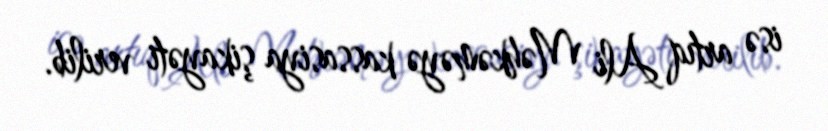
isə artıq Ali Məhkəməyə kassasiya şikayəti verilib.